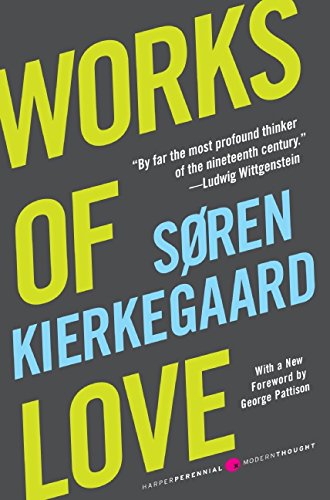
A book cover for Works of Love; Soren Kierkegaard; Politics & Social Sciences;